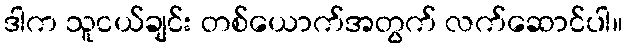
ဒါက သူငယ်ချင်း တစ်ယောက်အတွက် လက်ဆောင်ပါ။